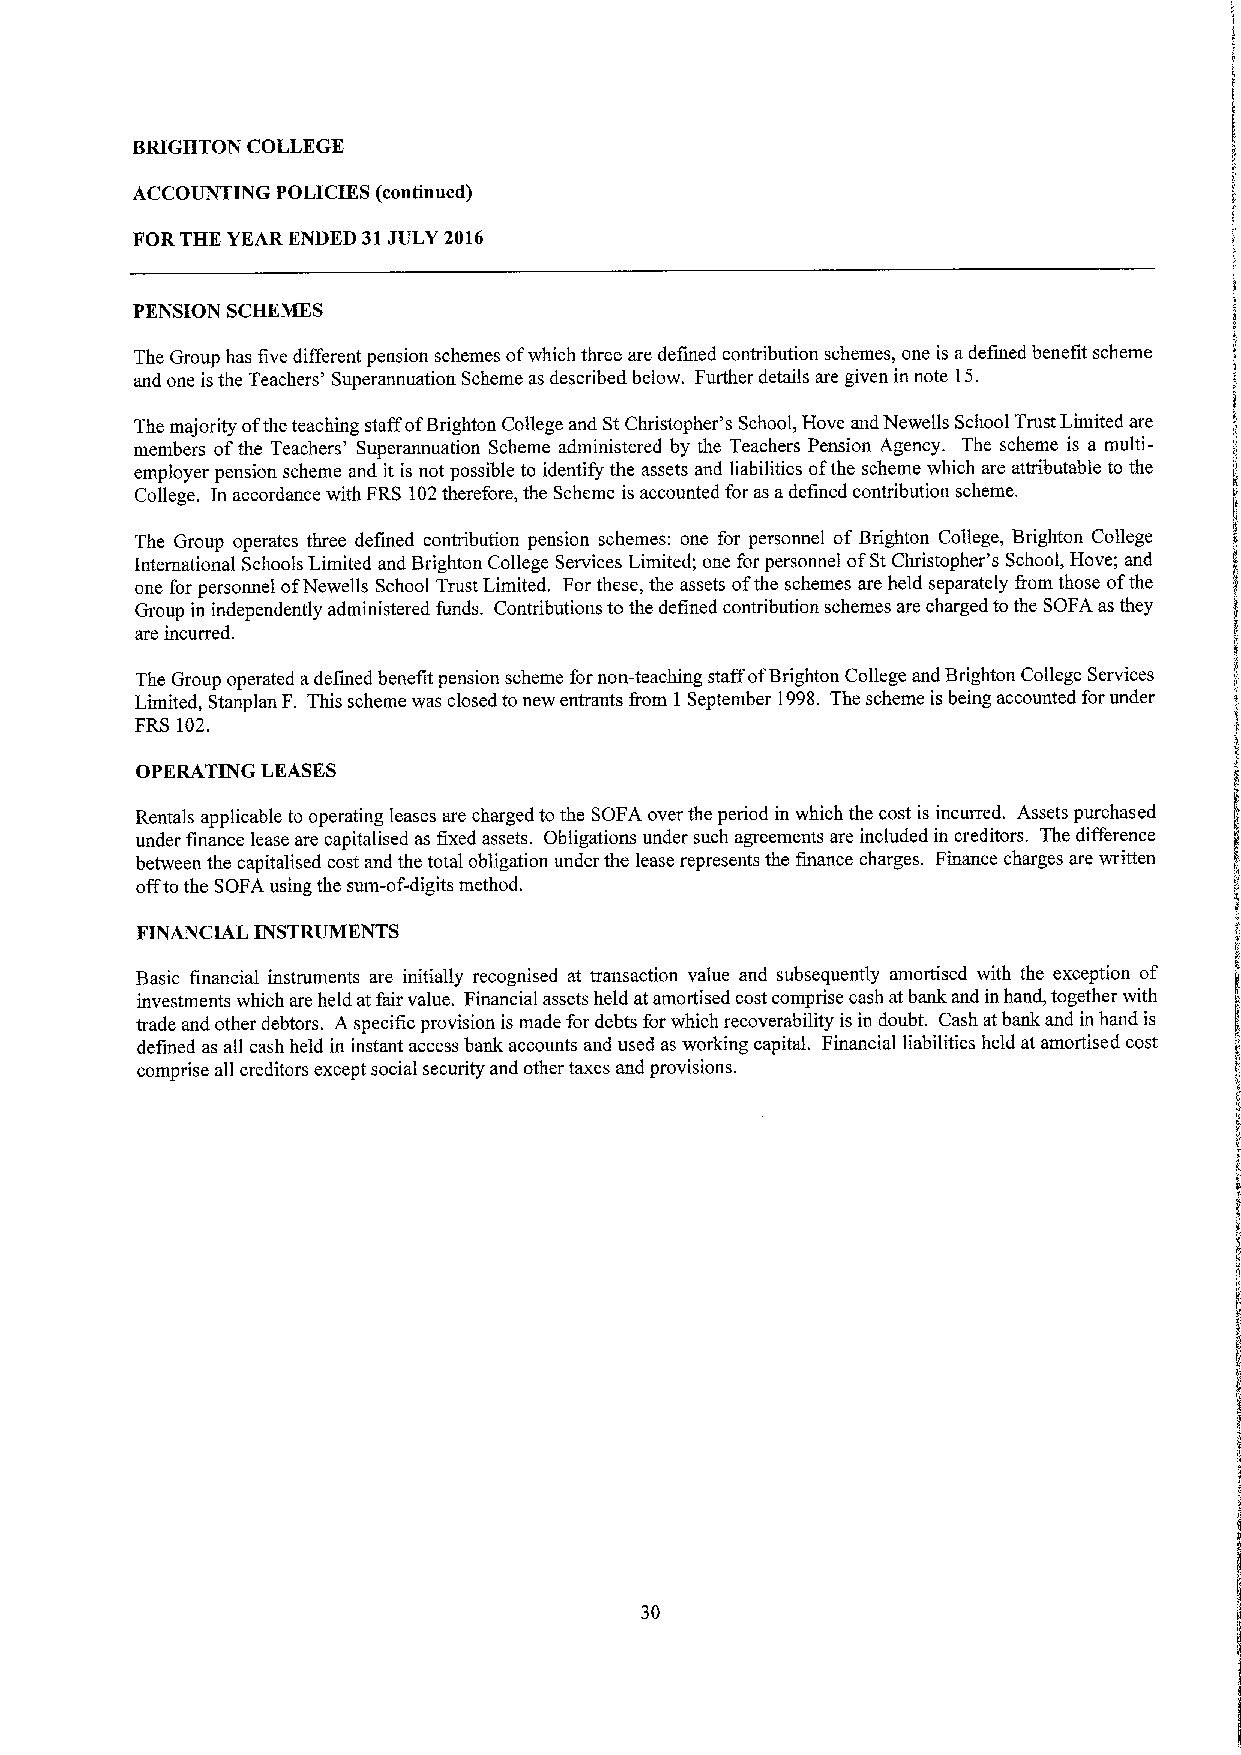
BRIGHTON COLLEGE
 ACCOUNTING POLICIES (continued)
 FORTHE YEARENDED 31JULY 2016
 PENSION SCHEMES
 The Group has five different pension schemes ofwhich three are defined contribution schemes, one is adefined benefit scheme
 and one isthe Teachers' Superannuation Scheme as described below. Further details are given in note 15.
 The majority ofthe teaching staffofBrighton College and StChristopher's School, Hove and Newells School Trust Limited are
 members ofthe Teachers' Superannuation Scheme administered by the Teachers Pension Agency. The scheme is a multi-
 employer pension scheme and it is not possible to identify the assets and liabilities ofthe scheme which are attributable to the
 College. In accordance with FRS 102therefore, the Scheme is accounted for as adefined contribution scheme.
 The Group operates three defined contribution pension schemes: one for personnel ofBrighton College, Brighton College
 International Schools Limited and Brighton College Services Limited; one for personnel ofStChristopher's School, Hove; and
 one for personnel ofNewells School Trust Limited. For these, the assets ofthe schemes are held separately &om those ofthe
 Group in independently administered funds. Contributions tothe defined contribution schemes are charged to the SOFA as they
 are incurred.
 The Group operated adefined benefit pension scheme for non-teaching staff ofBrighton College and Brighton College Services
 Limited, Stanplan F. This scheme was closed to new entrants &om 1September 1998. The scheme is being accounted for under
 FRS 102.
 OPERATING LEASES
 Rentals applicable to operating leases are charged to the SOFA over the period in which the cost is incurred. Assets purchased
 under finance lease are capitalised as fixed assets. Obligations under such agreements are included in creditors. The difference
 between the capitalised cost and the total obligation under the lease represents the finance charges. Finance charges are written
 offtothe SOFA using the sum-of-digits method.
 FINANCIAL INSTRUMENTS
 Basic financial instruments are initially recognised at transaction value and subsequently amortised with the exception of
 investments which are held atfair value. Financial assets held at amortised cost comprise cash atbank and in hand, together with
 trade and other debtors. A specific provision is made for debts for which recoverability is in doubt. Cash atbank and in hand is
 defined as all cash held in instant access bank accounts and used as working capital. Financial liabilities held at amortised cost
 comprise all creditors except social security and other taxes and provisions.
 30